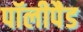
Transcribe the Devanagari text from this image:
पॉलीपैड